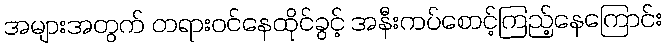
အများအတွက် တရားဝင်နေထိုင်ခွင့် အနီးကပ်စောင့်ကြည့်နေကြောင်း